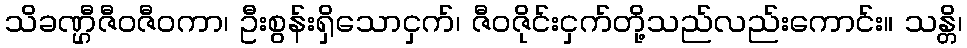
သိခဏ္ဌီဇီဝဇီဝကာ၊ ဦးစွန်းရှိသောငှက်၊ ဇီဝဇိုင်းငှက်တို့သည်လည်းကောင်း။ သန္တိ၊